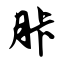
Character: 胩